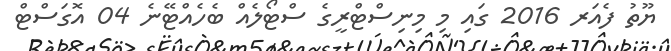
ޔޫތު ފެއަރ 2016 ގައި މި މިނިސްޓްރީގެ ސްޓޯލެއް ބެހެއްޓޭނެ 04 އޮގަސްޓް